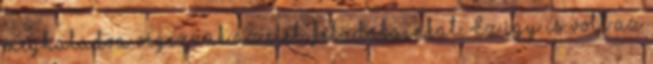
meghaladva végezzük az élet-feladatainkat. Ez így is volt az